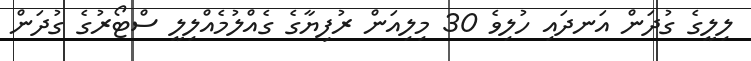
ލިލީގެ ގުދަން އަނދައި ހުލިވެ 30 މިލިއަން ރުފިޔާގެ ގެއްލުމެއްލިލީ ސްޓޯރުގެ ގުދަން